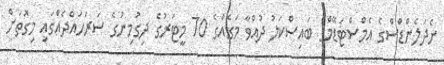
ނެދަލެންޑްސްގެ އެމްސްޓަޑޭމްގެ ބައިސްކަލު ދުއްވާ މަގެއްގެ 70 މީޓަރުގެ ދިގުމިނުގެ ސަރަހައްދެއްގައި މިގޮތަށް